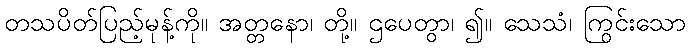
တသပိတ်ပြည့်မုန့်ကို။ အတ္တနော၊ တို့။ ဌပေတွာ၊ ၍။ သေသံ၊ ကြွင်းသော